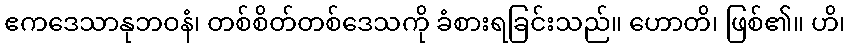
ဧကဒေသာနုဘဝနံ၊ တစ်စိတ်တစ်ဒေသကို ခံစားရခြင်းသည်။ ဟောတိ၊ ဖြစ်၏။ ဟိ၊